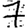
Digit: 7